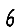
Digit: 6